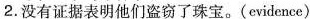
2.没有证据表明他们盗窃了珠宝。(evidence)